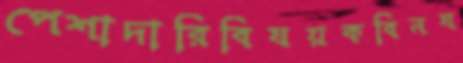
পেশাদারিবিষয়কবিনষ